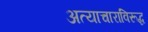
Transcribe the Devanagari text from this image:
अत्याचाराविरूद्ध